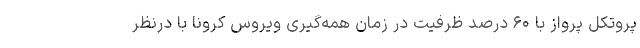
پروتکل پرواز با ۶۰ درصد ظرفیت در زمان همه‌گیری ویروس کرونا با درنظر